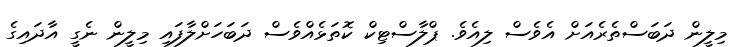
މިލީން ދަބަސްތެރެއަށް އެވެސް ލިއެވެ. ޕްލާސްޓިކް ކޮތަޅެއްވެސް ދަބަހަށްލާފައި މިލީން ނެގީ އާދައިގެ